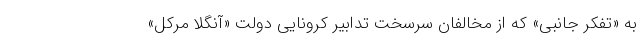
به «تفکر جانبی» که از مخالفان سرسخت تدابیر کرونایی دولت «آنگلا مرکل»